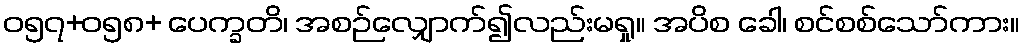
ဝ၅၇+၀၅၈+ ပေက္ခတိ၊ အစဉ်လျှောက်၍လည်းမရှု။ အပိစ ခေါ၊ စင်စစ်သော်ကား။